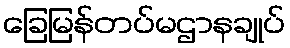
ခြေမြန်တပ်မဌာနချုပ်